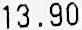
13.90